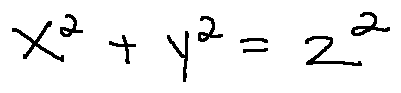
x ^ { 2 } + y ^ { 2 } = z ^ { 2 }